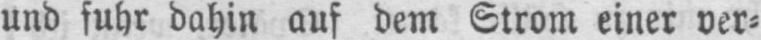
und fuhr dahin auf dem Strom einer ver⸗